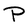
Character: P